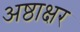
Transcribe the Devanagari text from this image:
अष्ठाक्षर